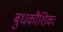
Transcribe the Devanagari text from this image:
बुधकौशिकः